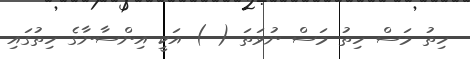
ހިތު މަސް ހިތު މަސް ނުވަތަ ( ) އަކީ އިންސާނާގެ ހިތުގައި